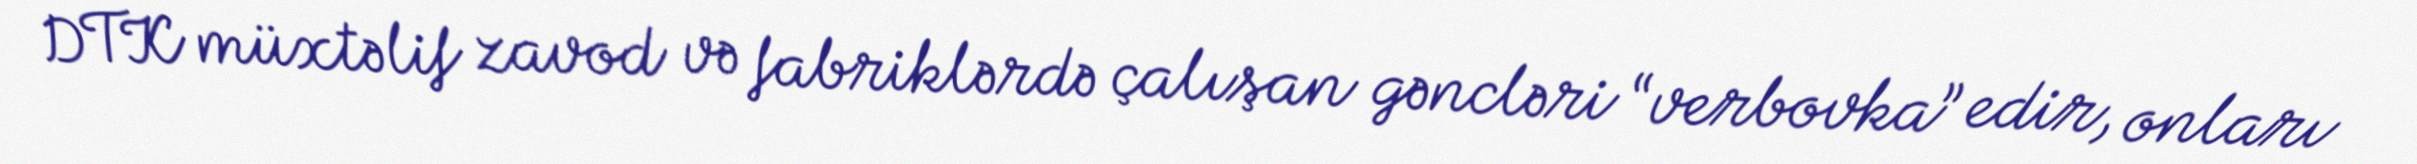
DTK müxtəlif zavod və fabriklərdə çalışan gəncləri “verbovka” edir, onları